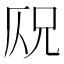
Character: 𠩣